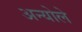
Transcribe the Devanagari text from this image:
अन्योले